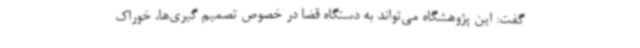
گفت: این پژوهشگاه می‌تواند به دستگاه قضا در خصوص تصمیم گیری‌ها، خوراک